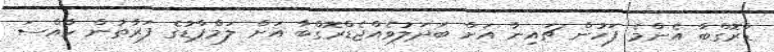
ޑްރޮގްބާ އެންމެ ފަހުން ޗައިނާ އަށް ބަދަލުވެއްޖެޑްރޮގްބާ އަށް ލަމްޕާޑުގެ ފަރާތުން ހާއްސަ